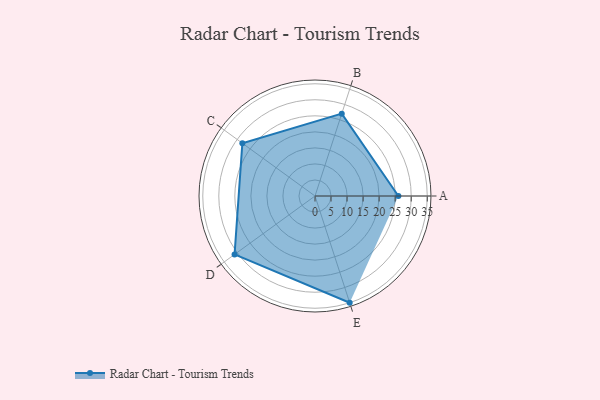
{"axis": {"x": "Skill", "y": "Score"}, "legend": ["Profile"], "data": [{"x": "A", "y": 26.0, "type": "Profile"}, {"x": "B", "y": 27.0, "type": "Profile"}, {"x": "C", "y": 28.0, "type": "Profile"}, {"x": "D", "y": 31.0, "type": "Profile"}, {"x": "E", "y": 35.0, "type": "Profile"}]}